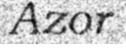
Azor